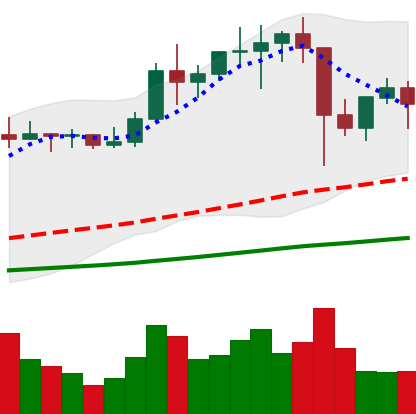
Ticker: LTC-USD
Chart end date: 2021-01-15
Forward return: 3.948%
Label: up_3_5